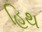
હિથ